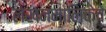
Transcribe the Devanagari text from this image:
लेखनमालिकेचे